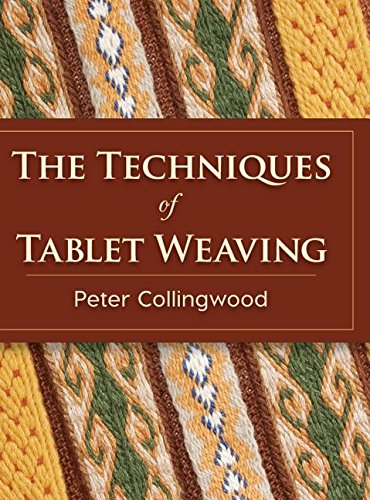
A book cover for The Techniques of Tablet Weaving; Peter Collingwood; Crafts, Hobbies & Home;